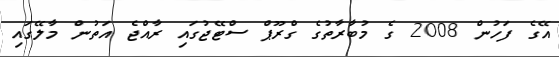
އޭގެ ފަހުން 2008 ގެ މުބާރާތުގެ ގްރޫޕް ސްޓޭޖުގައި ރާއްޖެ އަތުން މާލޭގައި